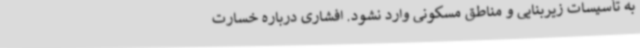
به تأسیسات زیربنایی و مناطق مسکونی وارد نشود. افشاری درباره خسارت